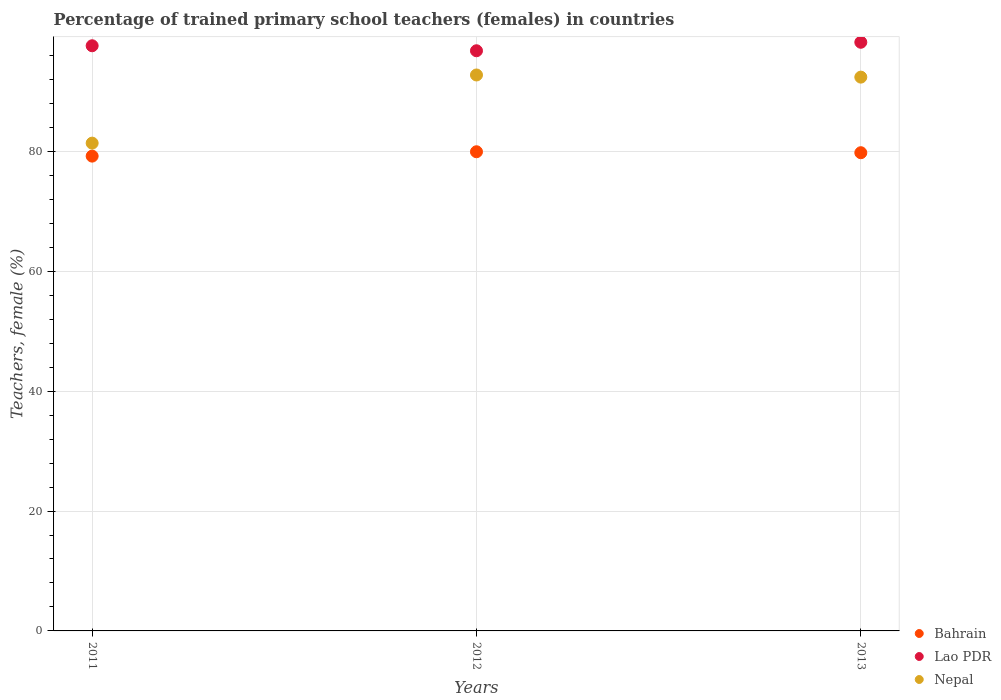
| Years | Bahrain | Lao PDR | Nepal |
 | --- | --- | --- | --- |
 | 2011 | 79.2 | 97.6 | 81.4 |
 | 2012 | 79.9 | 96.8 | 92.7 |
 | 2013 | 79.8 | 98.2 | 92.4 |